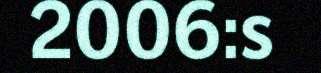
2006:s